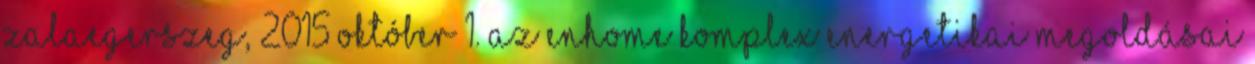
Zalaegerszeg, 2015 október 1. Az enhome komplex energetikai megoldásai